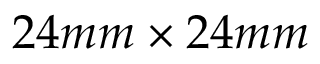
2 4 m m \times 2 4 m m